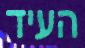
העיד